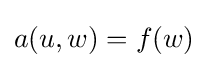
a(u,w)=f(w)